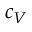
c _ { V }